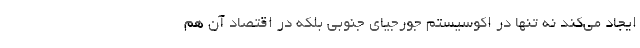
ایجاد می‌کند نه تنها در اکوسیستم جورجیای جنوبی بلکه در اقتصاد آن هم